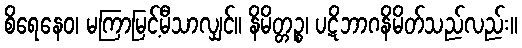
စိရေနေဝ၊ မကြာမြင့်မီသာလျှင်။ နိမိတ္တဉ္စ၊ ပဋိဘာဂနိမိတ်သည်လည်း။